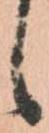
し